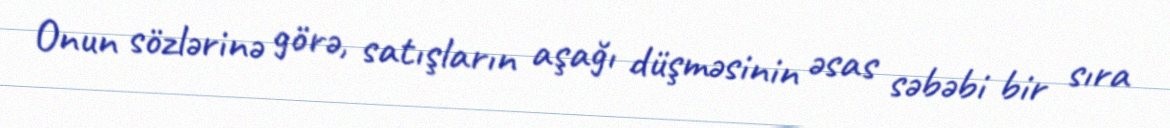
Onun sözlərinə görə, satışların aşağı düşməsinin əsas səbəbi bir sıra